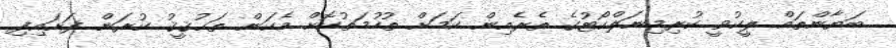
ބަޔާންތައް ލީކުވީ ކުރިމިނަލްކޯޓުގެ ތެރެއިން ކަމަށް ތުހުމަތުކޮށް އެކަން ތަޙުޤީޤު ކުރަން ފަށައިފި